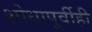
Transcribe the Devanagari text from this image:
शोधापूर्वीही